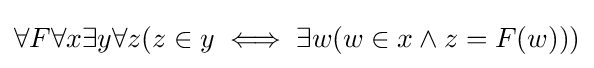
\forall F\forall x\exists y\forall z(z\in y\iff \exists w(w\in x\land z=F(w)))